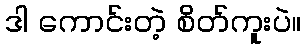
ဒါ ကောင်းတဲ့ စိတ်ကူးပဲ။